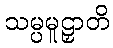
သမ္ပမူဠှာတိ